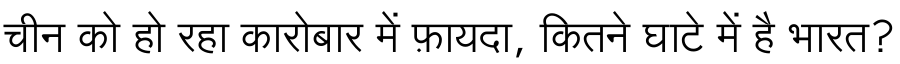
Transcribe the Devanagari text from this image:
चीन को हो रहा कारोबार में फ़ायदा, कितने घाटे में है भारत?